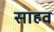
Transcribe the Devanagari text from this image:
साहव